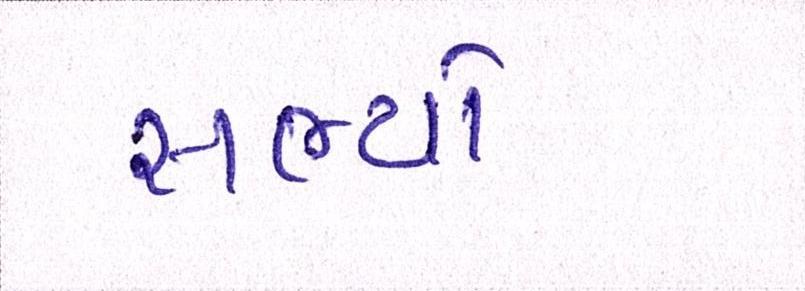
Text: સભ્યો